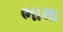
ભાથા